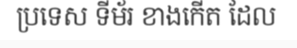
ប្រទេស ទីម័រ ខាងកើត ដែល